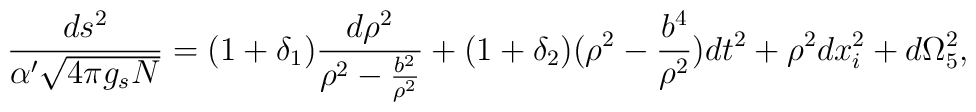
\frac{ds^2}{\alpha'\sqrt{4\pi g_sN}}=(1+\delta_1)\frac{d\rho^2}{\rho^2-\frac{b^2}{\rho^2}}+(1+\delta_2)(\rho^2-\frac{b^4}{\rho^2})dt^2+\rho^2dx_i^2+d\Omega_5^2,